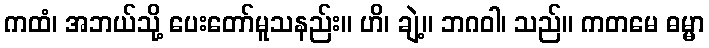
ကထံ၊ အဘယ်သို့ ပေးတော်မူသနည်း။ ဟိ၊ ချဲ့။ ဘဂဝါ၊ သည်။ ကတမေ ဓမ္မာ